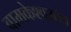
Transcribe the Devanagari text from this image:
वामकेश्वरतंत्र